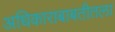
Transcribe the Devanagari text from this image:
अधिकाराबाबतीतला